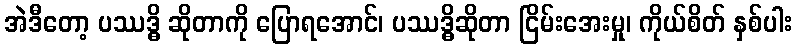
အဲဒီတော့ ပဿဒ္ဓိ ဆိုတာကို ပြောရအောင်၊ ပဿဒ္ဓိဆိုတာ ငြိမ်းအေးမှု၊ ကိုယ်စိတ် နှစ်ပါး